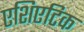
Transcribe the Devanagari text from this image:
एशिएटिक